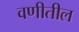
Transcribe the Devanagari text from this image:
वणीतील